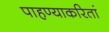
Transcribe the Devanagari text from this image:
पाहण्याकरितां